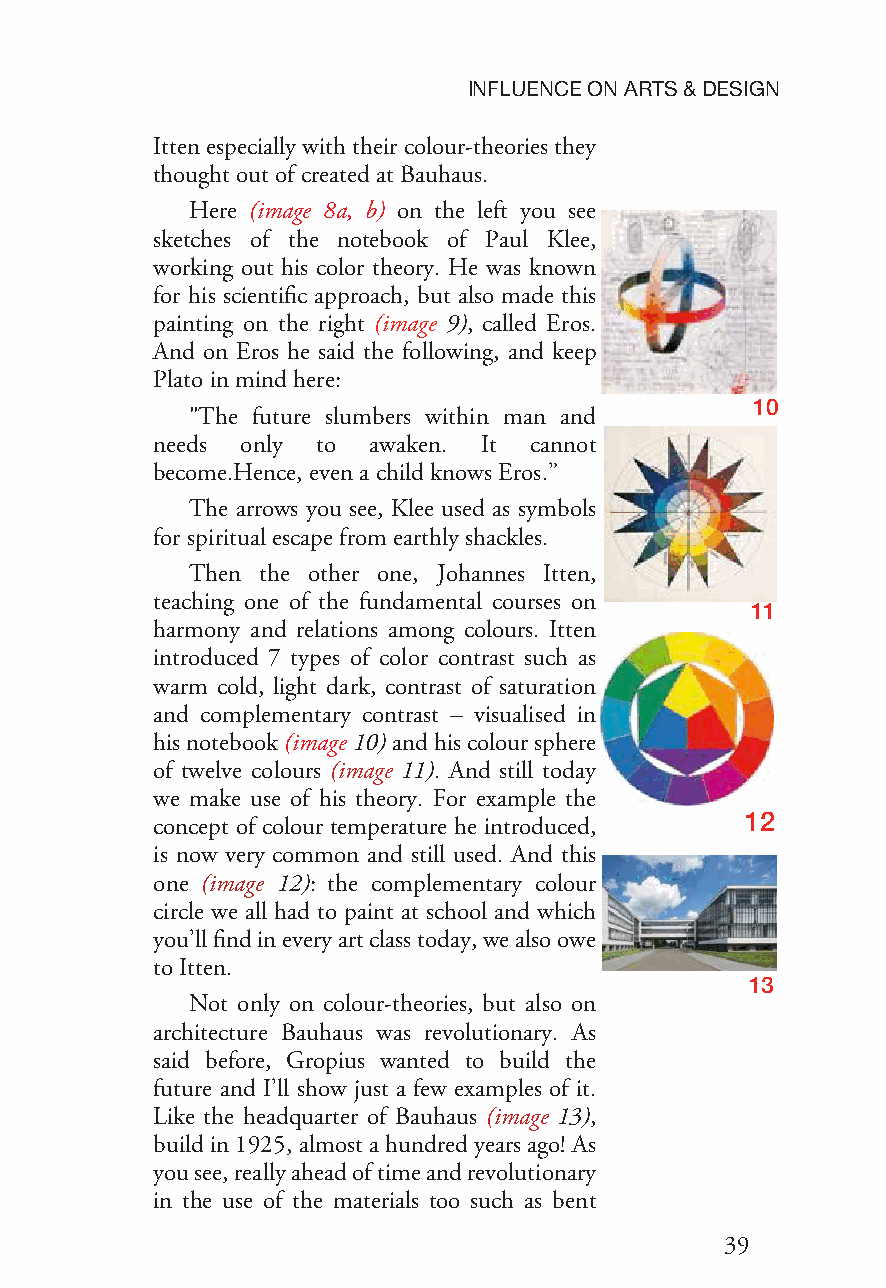
INFLUENCEONARTS&DESIGN
 Ittenespeciallywiththeircolour-theoriesthey
 thoughtoutof createdat Bauhaus.
 Here (image 8a, b) on the left you see
 sketches of the notebook of Paul Klee,
 working out his color theory. He was known
 for his scientific approach, but also made this
 painting on the right (image 9), called Eros.
 And on Eros he said the following, and keep
 Plato inmindhere:
 10
 "The future slumbers within man and
 needs only to awaken. It cannot
 become.Hence,evenachildknows Eros.”
 The arrows you see, Klee used as symbols
 for spiritualescapefromearthlyshackles.
 Then the other one, Johannes Itten,
 teaching one of the fundamental courses on
 11
 harmony and relations among colours. Itten
 introduced 7 types of color contrast such as
 warm cold, light dark, contrast of saturation
 and complementary contrast – visualised in
 hisnotebook(image10)andhiscoloursphere
 of twelve colours (image 11). And still today
 we make use of his theory. For example the
 12
 concept of colour temperature he introduced,
 is now very common and still used. And this
 one (image 12): the complementary colour
 circle we all had to paint at school and which
 you’llfindineveryartclasstoday,wealsoowe
 to Itten.
 13
 Not only on colour-theories, but also on
 architecture Bauhaus was revolutionary. As
 said before, Gropius wanted to build the
 future and I’ll show just a few examples of it.
 Like the headquarter of Bauhaus (image 13),
 buildin1925,almostahundredyearsago!As
 yousee,reallyaheadoftimeandrevolutionary
 in the use of the materials too such as bent
 39